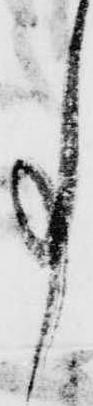
事